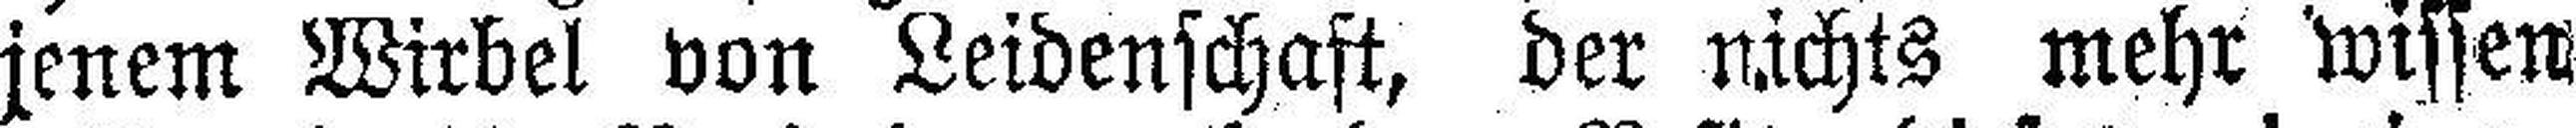
jenem Wirbel von Leidenschaft, der nichts mehr wissen